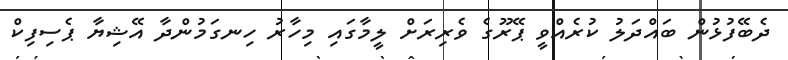
ދެބޭފުޅުން ބައްދަލު ކުރެއްވީ ޕޭރޫގެ ވެރިރަށް ލީމާގައި މިހާރު ހިނގަމުންދާ އޭޝިޔާ ޕެސިފިކް